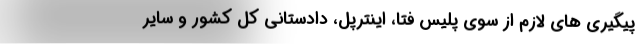
پیگیری های لازم از سوی پلیس فتا، اینترپل، دادستانی کل کشور و سایر